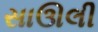
સાઊલી